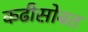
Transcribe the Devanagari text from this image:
कढीसोबत